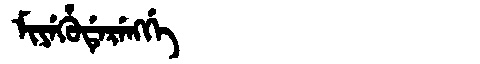
Manchu: ᠮᡳᠶᡝᡥᡠᡩᡝᡵᡝᠩᡤᡝ
Romanization: MIYEHUDERENGGE